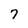
Character: 7